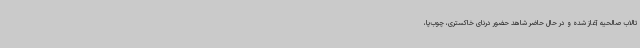
تالاب صالحیه آغاز شده و در حال حاضر شاهد حضور درنای خاکستری، چوب‌پا،